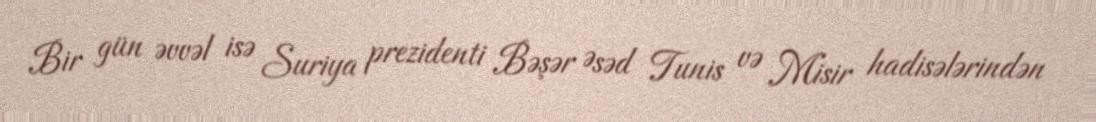
Bir gün əvvəl isə Suriya prezidenti Bəşər Əsəd Tunis və Misir hadisələrindən